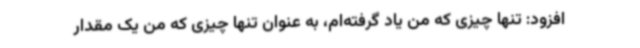
افزود: تنها چیزی که من یاد گرفته‌ام، به عنوان تنها چیزی که من یک مقدار